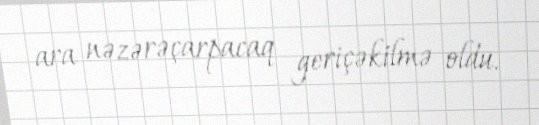
ara nəzərəçarpacaq geriçəkilmə oldu.